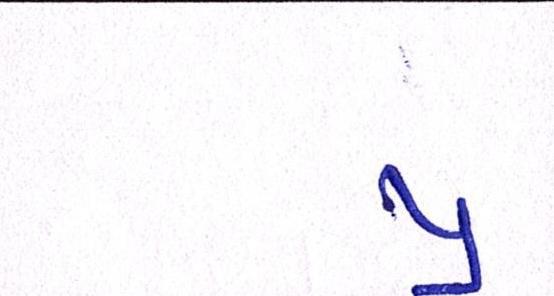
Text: પ્ર